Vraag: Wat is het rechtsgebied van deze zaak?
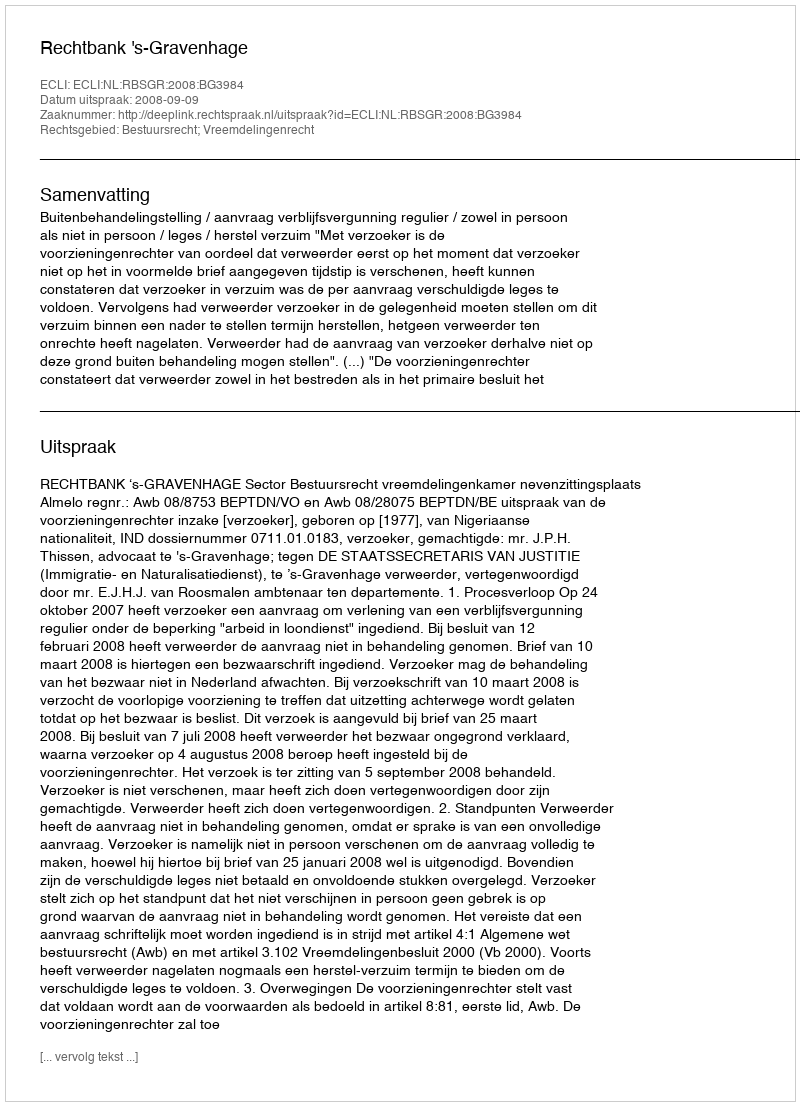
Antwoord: Bestuursrecht; Vreemdelingenrecht